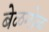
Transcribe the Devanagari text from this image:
बेळगोळ